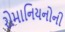
રોમાનિયનોની